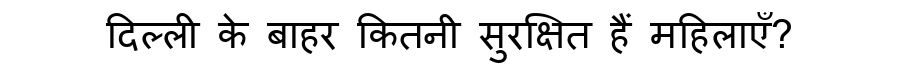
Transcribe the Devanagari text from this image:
दिल्ली के बाहर कितनी सुरक्षित हैं महिलाएँ?